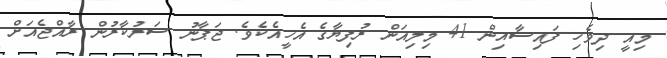
މިއީ ދިވެހި ފައިސާއިން 41 މިލިއަން ރުފިޔާގެ އެހީއެކެވެ. ޖަޕާނު ސަރުކާރުން ރާއްޖެއަށް